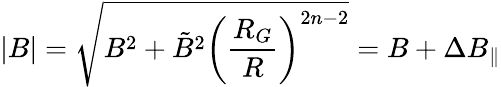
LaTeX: |B|=\sqrt{B^{2}+\tilde{B}^{2}\left(\frac{R_{G}}{R}\right)^{2n-2}}=B+\Delta B_{\parallel}